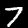
Digit: 7